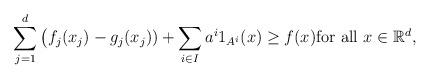
LaTeX: \begin{align*}\sum_{j=1}^d \big(f_j(x_j)-g_j(x_j))+\sum_{i\in I} a^i1_{A^i}(x)\geq f(x)\mbox{for all }x\in\mathbb{R}^d,\end{align*}